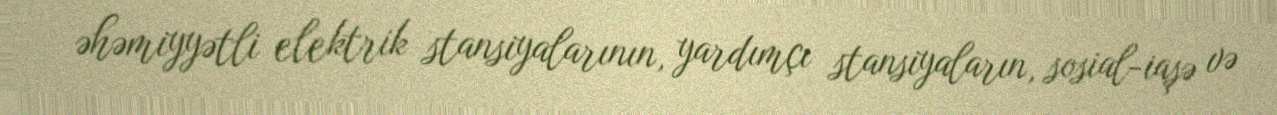
əhəmiyyətli elektrik stansiyalarının, yardımçı stansiyaların, sosial-iaşə və